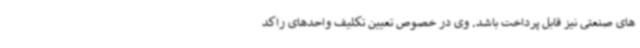
های صنعتی نیز قابل پرداخت باشد. وی در خصوص تعیین تکلیف واحدهای راکد